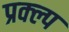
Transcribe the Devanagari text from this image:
प्रक्ल्प